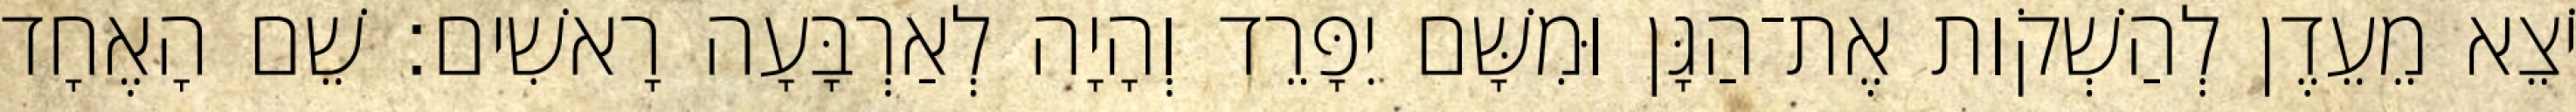
יֹצֵא מֵעֵדֶן לְהַשְׁקֹות אֶת־הַגָּן וּמִשָּׁם יִפָּרֵד וְהָיָה לְאַרְבָּעָה רָאשִׁים׃ שֵׁם הָאֶחָד